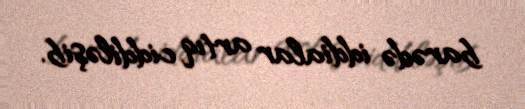
barədə iddialar artıq ciddiləşib.